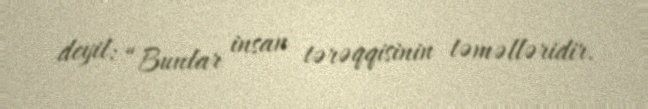
deyil: “Bunlar insan tərəqqisinin təməlləridir.